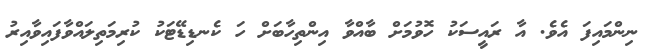
ނިންމައިފަ އެވެ. އާ ރައީސަކު ހޮވުމަށް ބާއްވާ އިންތިހާބަށް ހަ ކެނޑިޑޭޓަކު ކުރިމަތިލައްވާފައިވާއިރު